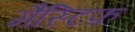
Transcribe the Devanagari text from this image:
मैस्टिफ़